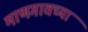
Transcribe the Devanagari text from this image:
माणगावच्या